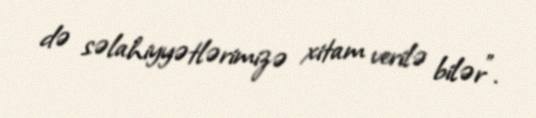
də səlahiyyətlərimizə xitam verilə bilər”.